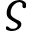
\varsigma